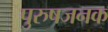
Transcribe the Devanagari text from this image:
पुरुषजनक